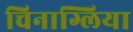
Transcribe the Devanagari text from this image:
चिनाग्लिया